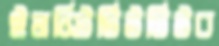
ইনস্টিটিউটিউব